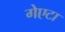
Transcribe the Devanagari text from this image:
गेएटा